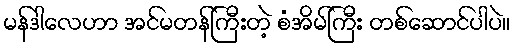
မန်ဒါလေဟာ အင်မတန်ကြီးတဲ့ စံအိမ်ကြီး တစ်ဆောင်ပါပဲ။